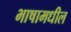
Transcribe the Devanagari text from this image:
भाषामधील